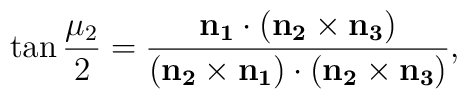
\tan{\frac{\mu_2}2} = \frac{\bf{n}_1\cdot(\bf{n}_2\times\bf{n}_3)} {(\bf{n}_2\times\bf{n}_1)\cdot(\bf{n}_2\times\bf{n}_3)},